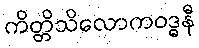
ကိတ္တိသိလောကဝဒ္ဓနီ